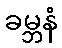
ခမ္ဘနံ